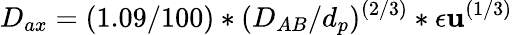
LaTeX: D_{ax}=(1.09/100)*(D_{AB}/d_{p})^{(2/3)}*\epsilon\mathbf{u}^{(1/3)}